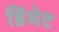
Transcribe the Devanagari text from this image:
डिंगेट